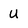
Character: U